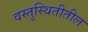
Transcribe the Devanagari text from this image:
वस्तुस्थितीतील